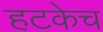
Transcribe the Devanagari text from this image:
हटकेच